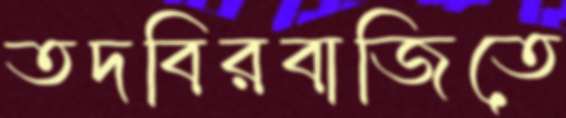
তদবিরবাজিতে